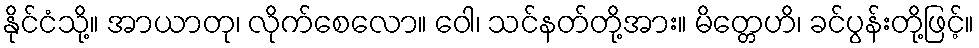
နိုင်ငံသို့။ အာယာတု၊ လိုက်စေလော။ ဝေါ၊ သင်နတ်တို့အား။ မိတ္တေဟိ၊ ခင်ပွန်းတို့ဖြင့်။